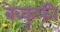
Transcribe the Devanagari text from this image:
बेव्कूफी